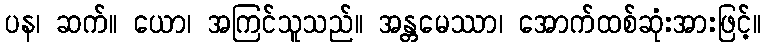
ပန၊ ဆက်။ ယော၊ အကြင်သူသည်။ အန္တမေဿာ၊ အောက်ထစ်ဆုံးအားဖြင့်။